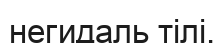
негидаль тілі,